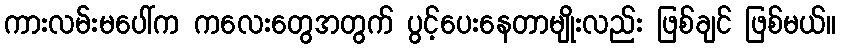
ကားလမ်းမပေါ်က ကလေးတွေအတွက် ပွင့်ပေးနေတာမျိုးလည်း ဖြစ်ချင် ဖြစ်မယ်။